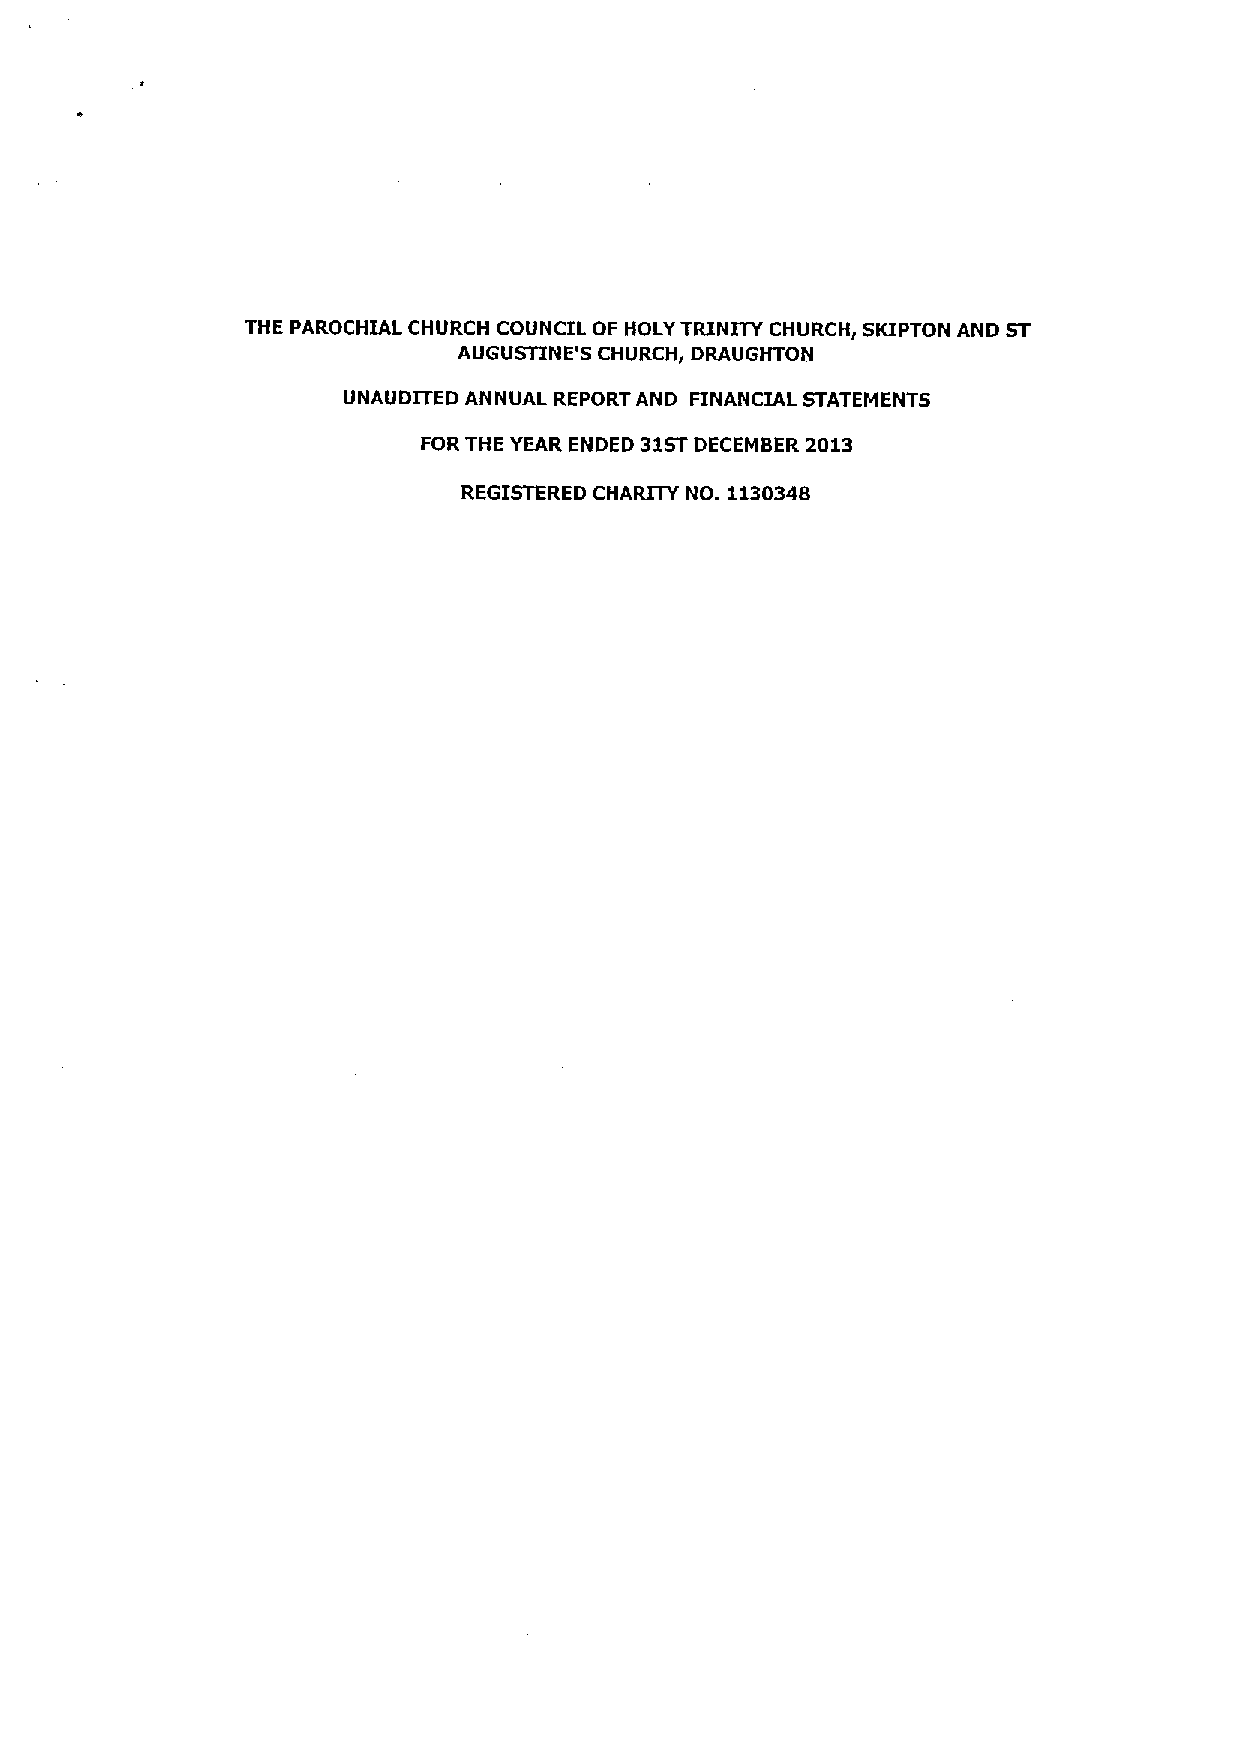
THE PAROCHIAL CHURCH COUNCIL OF HOLY TRINITY CHURCHl SRIPTON AND ST
 AUGUSTINE'S CHURCH, DRAUGHTON
 UNAUDITED ANNUAL REPORT AND FINANCIAL STATEMENTS
 FOR THE YEAR ENDED 31STDECEMBER 2013
 REGISTERED CHARITY NO. 1130348